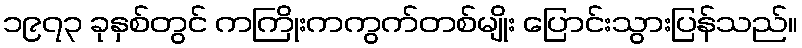
၁၉၇၃ ခုနှစ်တွင် ကကြိုးကကွက်တစ်မျိုး ပြောင်းသွားပြန်သည်။